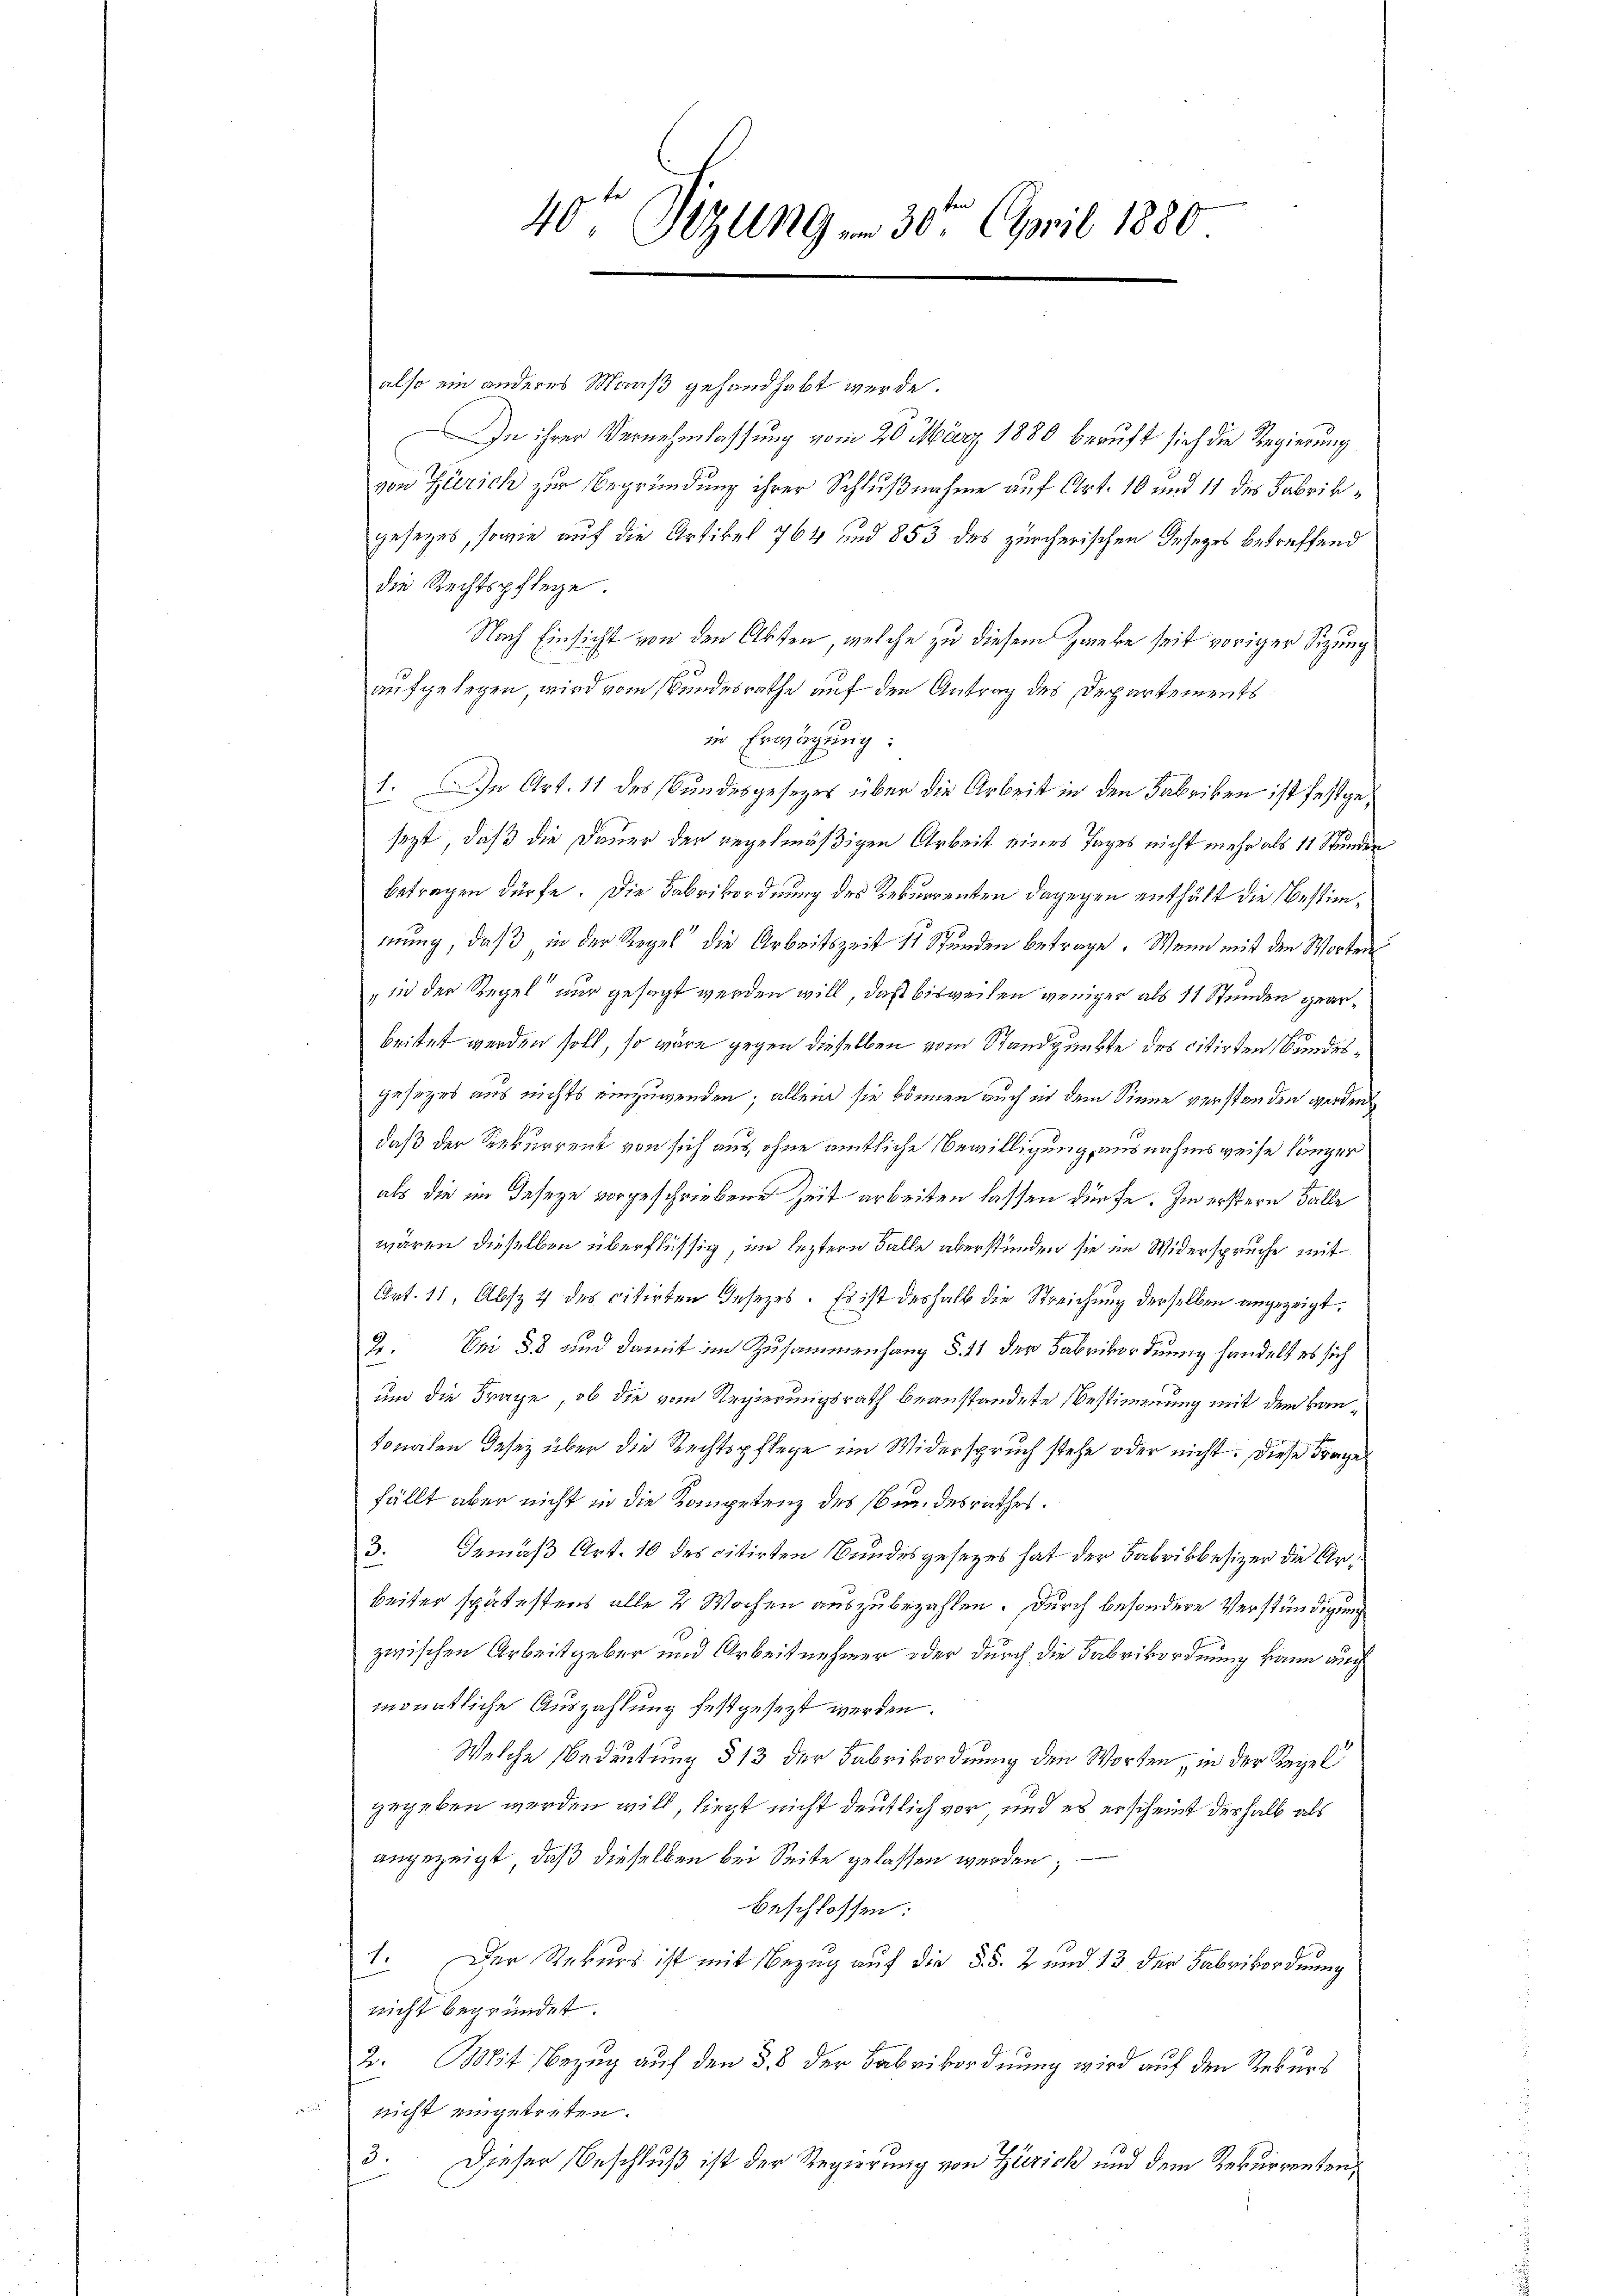
40te Sitzung in 30t April 1880

also ein anderes Maaß gehandhabt werde.
In ihrer Vernehmlassung vom 20. März 1880 beruft sich die Regierung
von Zürich zur Begründung ihrer Schlußnahme auf Art. 10 und 11 des Fabrikgesezes, sowie auf die Artikel 764 und 853 des zürcherischen Gesezes betreffend
die Rechtspflege.
Nach Einsicht von den Akten, welche zu diesem Hanke seit voriger Sitzung
aufgelegen, wird vom Bundesrathe auf den Antrag des Departements
in Erwägung:
1. In Art. 11 des Bundesgesezes über die Arbeit in den Fabriken ist festgesezt, daß die Dauer der regelmäßigen Arbeit eines Tages nicht mehr als 11 Stunden
betragen dürfe. Die Fabrikordnung des Rekurrenten dagegen enthält die bestimmung, daß in der Regel die Arbeitszeit 11 Stunden betrage. Wenn mit den Worten
" in der Regel“ nur gesagt werden will, daß bisweilen weniger als 11 Stunden gearbeitet werden soll, so wäre gegen dieselben vom Standpunkte des citirten Bundesgesezes aus nichts einzuwenden; allein sie können auch in dem Sinne verstanden werden
daß der Rekurrent von sich aus, ohne amtliche Bewilligung ausnahmsweise länger
als die im Deseze vorgeschriebene Zeit arbeiten lassen dürfe. Im erstern Falle
wären dieselben überflüssig, im leztern Falle überstunden sie im Widerspruche mit
Art. 11, Abs. 4 des citirten Gesezes. Es ist deshalb die Streichung derselben angezeigt.
2. Sei 38 und damit im Zusammenhang §. 11 der Fabrikordnung handelt es sich
und die Frage, ob die vom Regierungsrath beanstandete Bestimmung mit dem Bausonalen deses über die Rechtspflege im Widerspruch stehe oder nicht. Diese Frage
fällt aber nicht in die Kompetenz des Bundesrathes.
3. Gemäß Art. 10 des citirten Bundesgesezes hat der Fabrikbesizer die Arbeiter spätestens alle 2 Wochen auszubezahlen. Durch besondere Verständigung
zwischen Arbeitgeber und Arbeitnehmer oder durch die Fabrikordnung kann auch
monatliche Auszahlung festgesezt werden.
Welche Bedeutung § 13 der Fabrikordnung den Worten, in der Regel
gegeben werden will, liegt nicht deutlich vor, und es erscheint deshalb als
angezeigt, daß dieselben bei Seite gelassen werden;
beschlossen:
1. Der Rekurs ist mit Bezug auf die §§. 2 und 13 der Fabrikordnung
nicht begründet.
2. Mit Bezug auf den §. 8 der Fabrikordnung wird auf den Rekurs
nicht eingetreten.
3.
Dieser Beschluß ist der Regierung von Zürich und dem Rekurrenten,